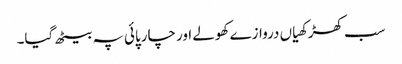
سب کھڑکھیاں دروازے کھولے اور چارپائی پہ بیٹھ گیا۔